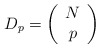
\begin{align*}D_{p}=\left(\begin{array}{c} N \\ p \end{array}\right) \end{align*}